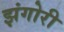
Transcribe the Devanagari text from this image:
झंगोरी